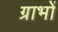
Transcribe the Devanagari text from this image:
ग्राभों